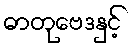
ဓာတုဗေဒနှင့်